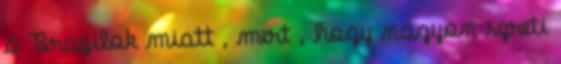
a Brazilok miatt , mert , hogy nagyon szreti